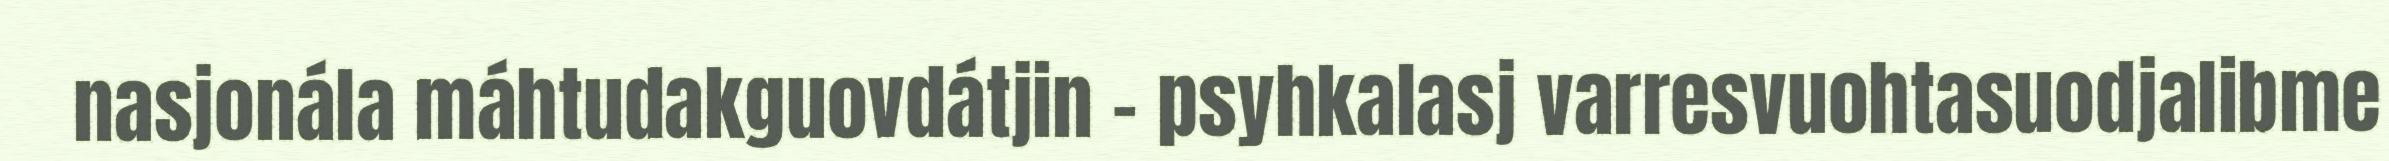
nasjonála máhtudakguovdátjin – psyhkalasj varresvuohtasuodjalibme